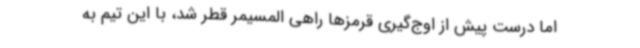
اما درست پیش از اوج‌گیری قرمزها راهی المسیمر قطر شد، با این تیم به